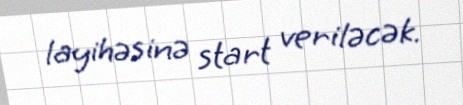
layihəsinə start veriləcək.